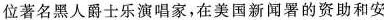
位著名黑人爵士乐演唱家，在美国新闻署的资助和安